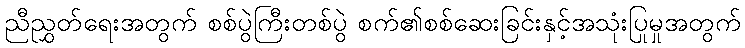
ညီညွှတ်ရေးအတွက် စစ်ပွဲကြီးတစ်ပွဲ စက်၏စစ်ဆေးခြင်းနှင့်အသုံးပြုမှုအတွက်